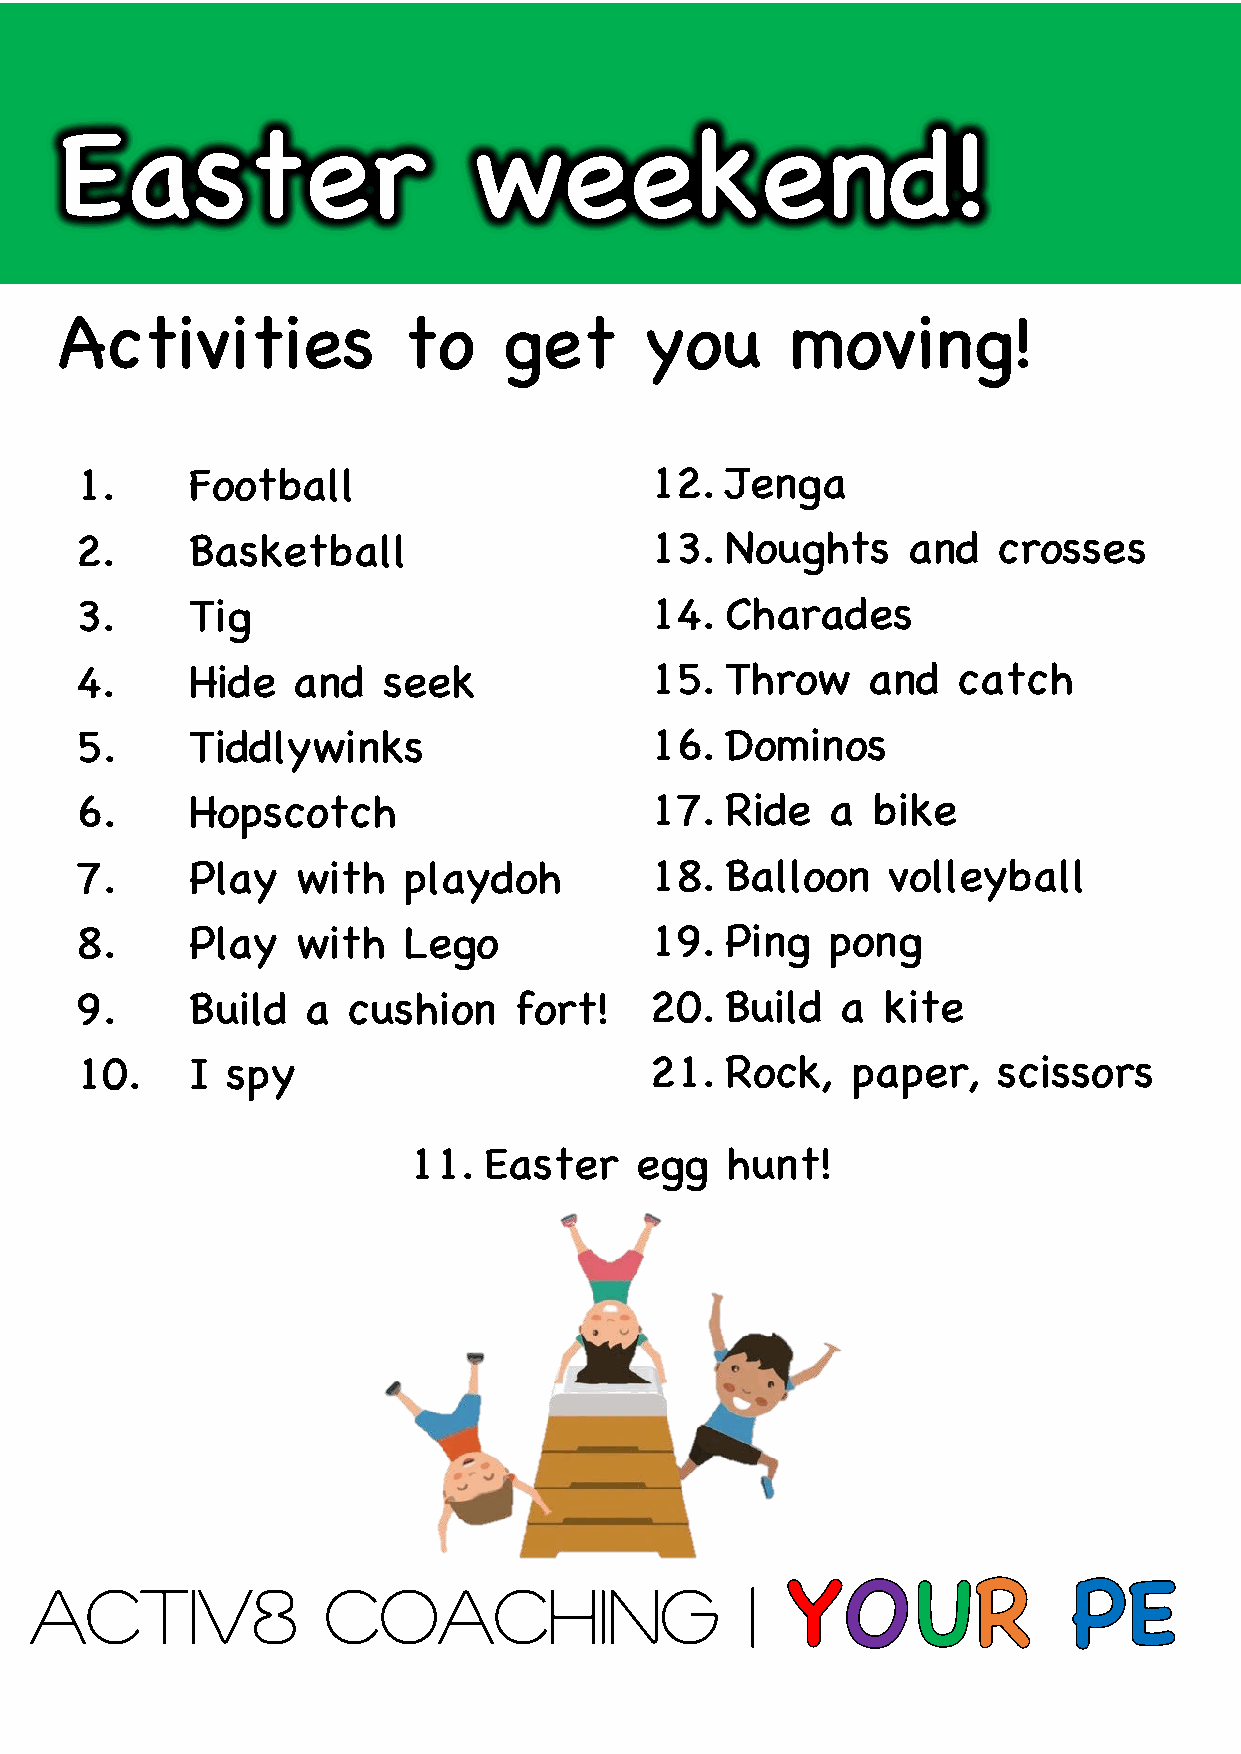
Easter                     weekend!
 Activities             to    get       you      moving!
 1.     Football                       12.  Jenga
 2.     Basketball                     13.  Noughts     and   crosses
 3.      Tig                           14.  Charades
 4.      Hide  and   seek              15.  Throw    and   catch
 5.      Tiddlywinks                   16.  Dominos
 6.      Hopscotch                     17.  Ride   a  bike
 7.      Play   with   playdoh         18.  Balloon    volleyball
 8.      Play   with   Lego            19.  Ping   pong
 9.      Build  a  cushion    fort!    20.  Build   a kite
 10.    I  spy                         21.  Rock,   paper,    scissors
 11.  Easter    egg   hunt!
 ACTIV8              COACHING                   |